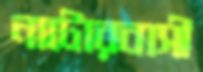
নাটোরবাসী